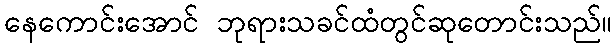
နေကောင်းအောင် ဘုရားသခင်ထံတွင်ဆုတောင်းသည်။